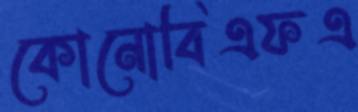
কোনোবিএফএ